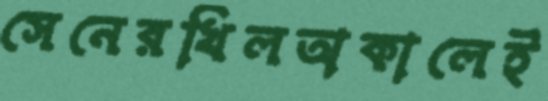
সেনেরখিলঅকালেই